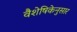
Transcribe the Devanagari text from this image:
वैशेषिकेनुसार